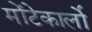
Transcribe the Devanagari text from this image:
मोंटेकार्लो